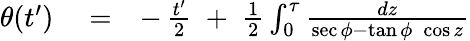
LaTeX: \begin{array}{rlr}{\theta(t^{\prime})}&{{}=}&{-\, \frac{t^{\prime}}{2}\; +\; \frac{1}{2}\int_{0}^{\tau}\frac{dz}{\sec\phi-\tan\phi\; \cos z}}\end{array}